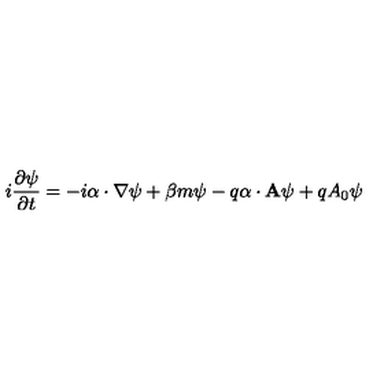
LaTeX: i \frac { \partial \psi } { \partial t } = - i \mathrm { \boldmath \alpha } \cdot \nabla \psi + \beta m \psi - q \mathrm { \boldmath \alpha } \cdot { \bf A } \psi + q A _ { 0 } \psi